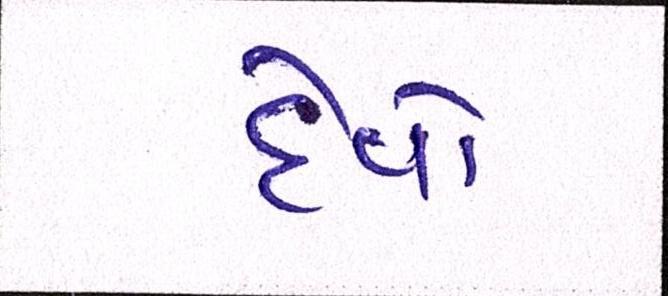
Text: દેવો